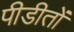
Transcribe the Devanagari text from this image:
पीडीतों